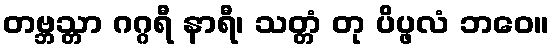
တဗ္ဘသ္တာ ဂဂ္ဂရီ နာရီ၊ သတ္တံ တု ပိပ္ဖလံ ဘဝေ။